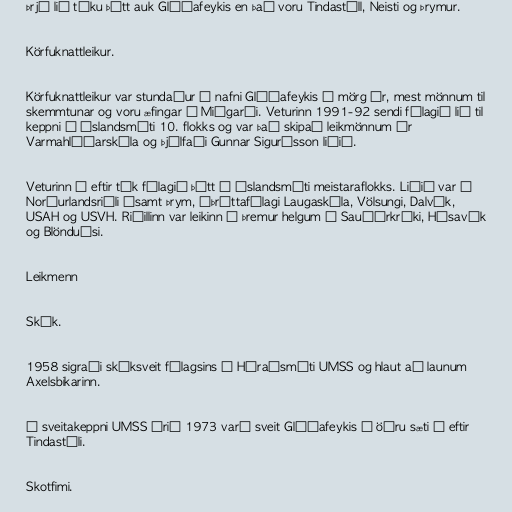
Þrjú lið tóku þátt auk Glóðafeykis en það voru Tindastóll, Neisti og Þrymur.

Körfuknattleikur.

Körfuknattleikur var stundaður í nafni Glóðafeykis í mörg ár, mest mönnum til
skemmtunar og voru æfingar í Miðgarði. Veturinn 1991-92 sendi félagið lið til
keppni í Íslandsmóti 10. flokks og var það skipað leikmönnum úr
Varmahlíðarskóla og þjálfaði Gunnar Sigurðsson liðið.

Veturinn á eftir tók félagið þátt í Íslandsmóti meistaraflokks. Liðið var í
Norðurlandsriðli ásamt Þrym, Íþróttafélagi Laugaskóla, Völsungi, Dalvík,
USAH og USVH. Riðillinn var leikinn á þremur helgum á Sauðárkróki, Húsavík
og Blönduósi.

Leikmenn

Skák.

1958 sigraði skáksveit félagsins í Héraðsmóti UMSS og hlaut að launum
Axelsbikarinn.

Í sveitakeppni UMSS árið 1973 varð sveit Glóðafeykis í öðru sæti á eftir
Tindastóli.

Skotfimi.